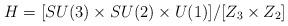
LaTeX: \begin{align*}H= [SU(3)\times SU(2)\times U(1)]/[Z_3\times Z_2] \end{align*}